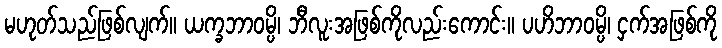
မဟုတ်သည်ဖြစ်လျက်။ ယက္ခဘာဝမ္ပိ၊ ဘီလူးအဖြစ်ကိုလည်းကောင်း။ ပဟိဘာဝမ္ပိ၊ ငှက်အဖြစ်ကို